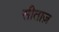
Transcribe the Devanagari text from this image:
सीताज़